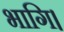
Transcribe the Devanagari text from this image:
भागि।